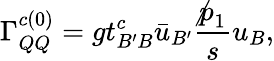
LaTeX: \Gamma_{QQ}^{c(0)}=gt_{B^{\prime}B}^{c}\bar{u}_{B^{\prime}}\frac{\not p_{1}}{s}u_{B},